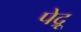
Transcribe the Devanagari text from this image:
पेद्रू